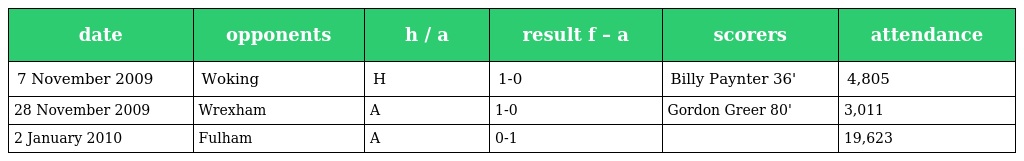
| date | opponents | h / a | result f – a | scorers | attendance |
 | --- | --- | --- | --- | --- | --- |
 | 7 November 2009 | Woking | H | 1-0 | Billy Paynter 36' | 4,805 |
 | 28 November 2009 | Wrexham | A | 1-0 | Gordon Greer 80' | 3,011 |
 | 2 January 2010 | Fulham | A | 0-1 |  | 19,623 |